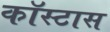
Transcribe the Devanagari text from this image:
कॉस्टास